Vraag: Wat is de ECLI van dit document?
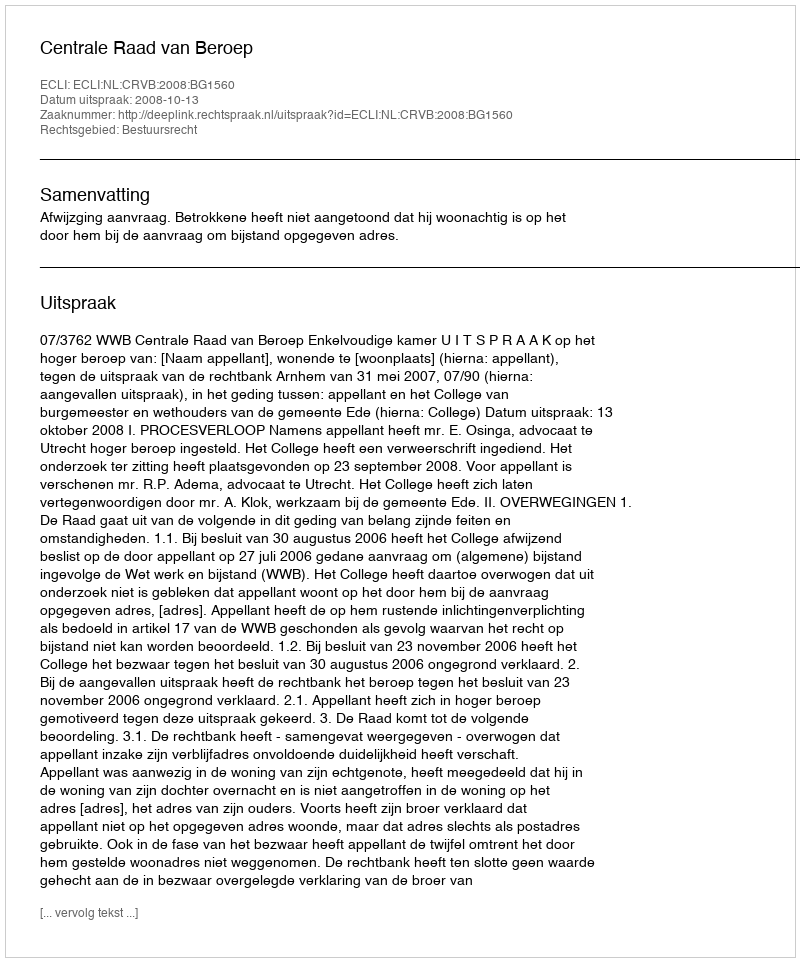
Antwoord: ECLI:NL:CRVB:2008:BG1560